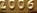
2006